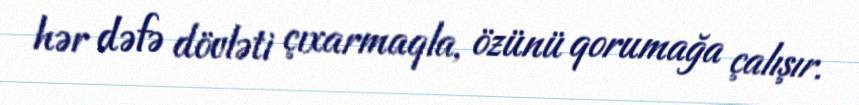
hər dəfə dövləti çıxarmaqla, özünü qorumağa çalışır.